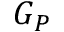
G _ { P }